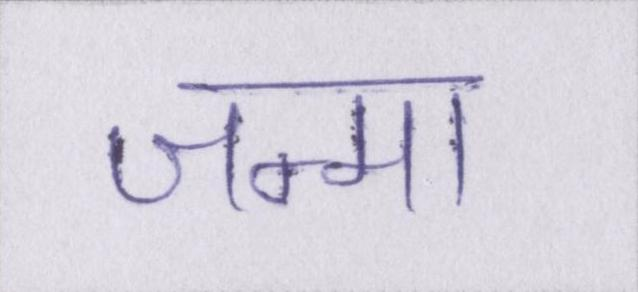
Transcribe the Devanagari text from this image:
जन्मा